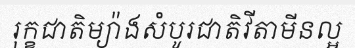
រុក្ខជាតិម្យ៉ាងសំបូរជាតិវីតាមីនល្អ